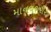
માનવશરીર